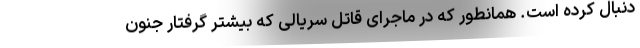
دنبال کرده است. همانطور که در ماجرای قاتل سریالی که بیشتر گرفتار جنون